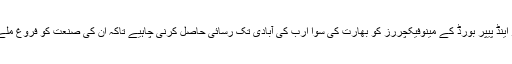
انہوں نے کہا کہ پاکستان کے پیپر اینڈ پیپر بورڈ کے مینوفیکچررز کو بھارت کی سوا ارب کی آبادی تک رسائی حاصل کرنی چاہیے تاکہ ان کی صنعت کو فروغ ملے لیکن آوے کا آوا ہی بگڑا ہوا ہے۔